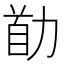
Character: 𠡼